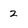
Character: 2